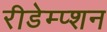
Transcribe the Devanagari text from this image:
रीडेम्प्शन